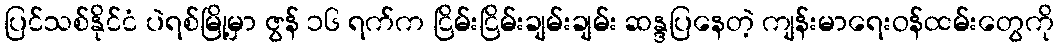
ပြင်သစ်နိုင်ငံ ပဲရစ်မြို့မှာ ဇွန် ၁၆ ရက်က ငြိမ်းငြိမ်းချမ်းချမ်း ဆန္ဒပြနေတဲ့ ကျန်းမာရေးဝန်ထမ်းတွေကို